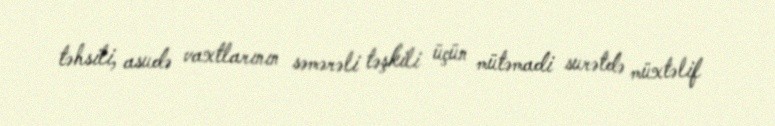
təhsili, asudə vaxtlarının səmərəli təşkili üçün mütəmadi surətdə müxtəlif